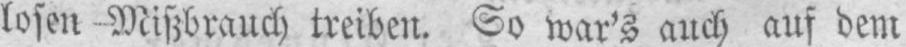
losen Mißbrauch treiben. So war’s auch auf dem